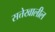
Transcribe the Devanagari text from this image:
सत्तेखालील